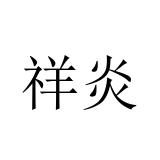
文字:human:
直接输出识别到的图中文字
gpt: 祥炎